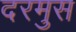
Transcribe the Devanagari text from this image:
दरमुस